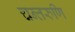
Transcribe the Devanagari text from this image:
चन्तरुणि